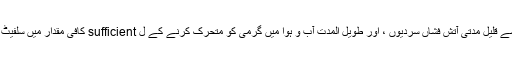
تقریبا 2.5 ملین سال پہلے تیز اور متشدد آتش فشاں پھٹنے سے قلیل مدتی آتش فشاں سردیوں ، اور طویل المدت آب و ہوا میں گرمی کو متحرک کرنے کے ل sufficient کافی مقدار میں سلفیٹ ایروسول اور ہزاروں سالوں کے 4s عرصہ میں جاری ہوا۔